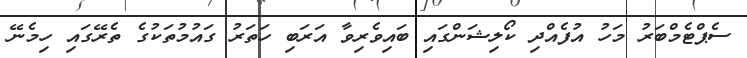
ސެޕްޓެމްބަރު މަހު އުފެއްދި ކޯލިޝަންގައި ބައިވެރިވާ އަރަބި ހަތަރު ގައުމުތަކުގެ ތެރޭގައި ހިމެނޭ